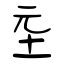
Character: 坖